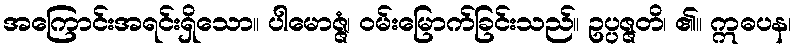
အကြောင်းအရင်းရှိသော။ ပါမောဇ္ဇံ၊ ဝမ်းမြောက်ခြင်းသည်။ ဥပ္ပဇ္ဇတိ၊ ၏။ ဣဓပန၊